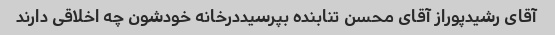
آقای رشیدپوراز آقای محسن تنابنده بپرسیددرخانه خودشون چه اخلاقی دارند